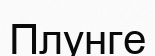
Плунге